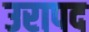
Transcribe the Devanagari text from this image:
उरापद